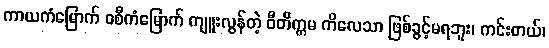
ကာယကံမြောက် ဝစီကံမြောက် ကျူးလွန်တဲ့ ဝီတိက္ကမ ကိလေသာ ဖြစ်ခွင့်မရဘူး၊ ကင်းတယ်၊